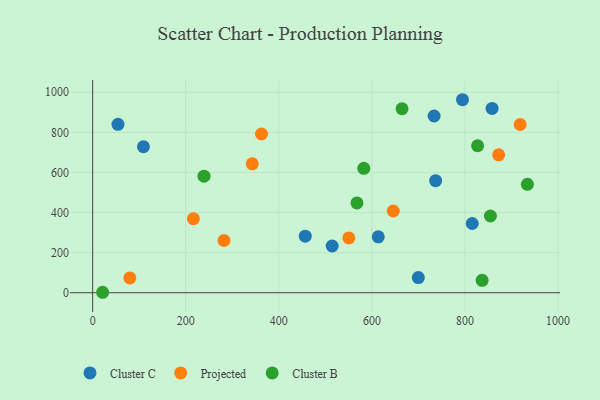
{"axis": {"x": "Investment", "y": "Demand"}, "legend": ["Cluster B", "Cluster C", "Projected"], "data": [{"x": "858.2", "y": 919.6, "type": "Cluster C"}, {"x": "733.6", "y": 881.7, "type": "Cluster C"}, {"x": "109.1", "y": 728.3, "type": "Cluster C"}, {"x": "699.7", "y": 75.7, "type": "Cluster C"}, {"x": "736.9", "y": 559.2, "type": "Cluster C"}, {"x": "54.4", "y": 839.9, "type": "Cluster C"}, {"x": "456.8", "y": 282.1, "type": "Cluster C"}, {"x": "514.6", "y": 233.1, "type": "Cluster C"}, {"x": "613.6", "y": 278.6, "type": "Cluster C"}, {"x": "794.6", "y": 962.8, "type": "Cluster C"}, {"x": "815.5", "y": 345.4, "type": "Cluster C"}, {"x": "550.4", "y": 273.2, "type": "Projected"}, {"x": "362.8", "y": 791.8, "type": "Projected"}, {"x": "918.5", "y": 839.1, "type": "Projected"}, {"x": "282.2", "y": 260.5, "type": "Projected"}, {"x": "216.4", "y": 368.9, "type": "Projected"}, {"x": "79.9", "y": 74.0, "type": "Projected"}, {"x": "342.9", "y": 643.2, "type": "Projected"}, {"x": "645.8", "y": 407.7, "type": "Projected"}, {"x": "872.3", "y": 687.8, "type": "Projected"}, {"x": "567.9", "y": 448.1, "type": "Cluster B"}, {"x": "934.0", "y": 540.6, "type": "Cluster B"}, {"x": "582.6", "y": 620.4, "type": "Cluster B"}, {"x": "21.4", "y": 2.2, "type": "Cluster B"}, {"x": "836.8", "y": 61.6, "type": "Cluster B"}, {"x": "854.6", "y": 382.6, "type": "Cluster B"}, {"x": "664.7", "y": 917.7, "type": "Cluster B"}, {"x": "239.2", "y": 581.4, "type": "Cluster B"}, {"x": "827.0", "y": 733.2, "type": "Cluster B"}]}